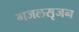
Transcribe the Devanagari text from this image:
गजलसृजन